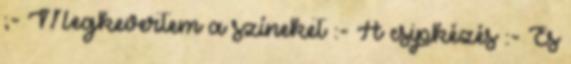
;- Megkevertem a színeket :- A csipkézés :- És